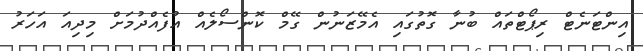
އިންޓަނެޓް ރިޕޯޓްތައް ބުނާ ގޮތުގައި އެމޭޒަނުން ގޭމް ކޮންސޯލެއް އުފެއްދުމަށް މިދިއަ އަހަރު